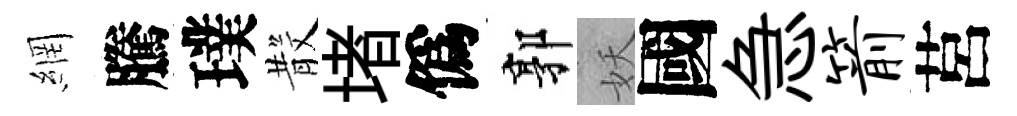
網騰璞𣪚堵僞郭妖國急箭莒